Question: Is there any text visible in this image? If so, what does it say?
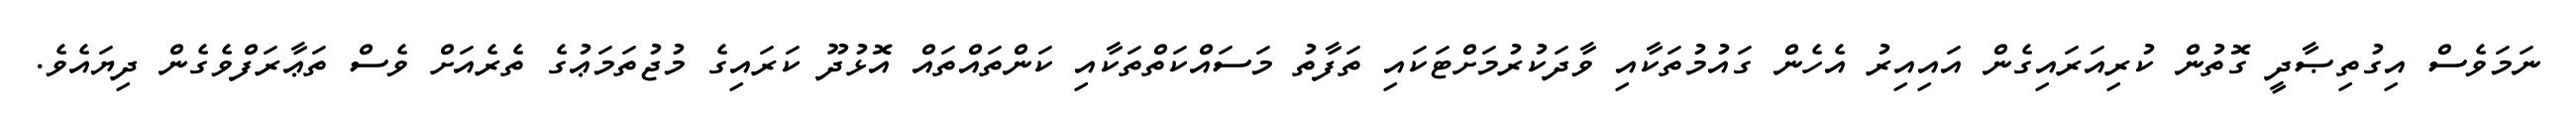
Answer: ނަމަވެސް އިގުތިޞާދީ ގޮތުން ކުރިއަރައިގެން އައިއިރު އެހެން ގައުމުތަކާއި ވާދަކުރުމަށްޓަކައި ތަފާތު މަސައްކަތްތަކާއި ކަންތައްތައް އޮޅުދޫ ކަރައިގެ މުޖުތަމަޢުގެ ތެރެއަށް ވެސް ތަޢާރަފްވެގެން ދިޔައެވެ.